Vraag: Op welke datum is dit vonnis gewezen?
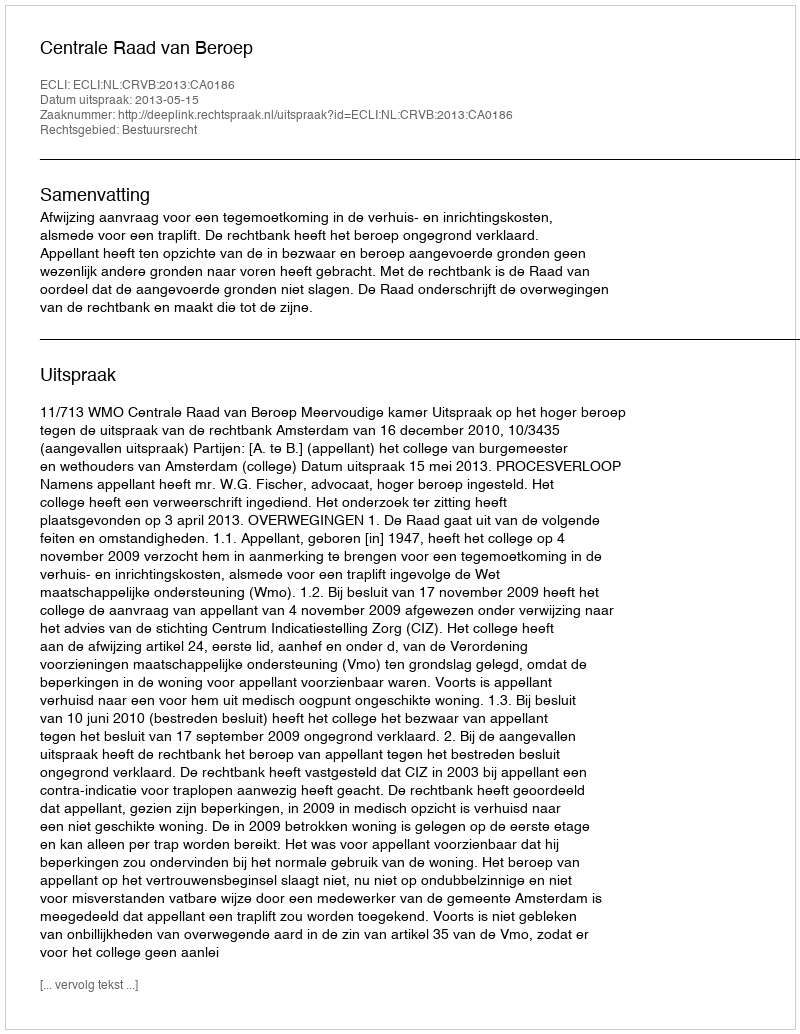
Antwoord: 2013-05-15